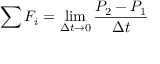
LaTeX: \sum F _ { i } = \operatorname* { l i m } _ { \Delta t \to 0 } { \frac { P _ { 2 } - P _ { 1 } } { \Delta t } }